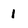
Character: 1